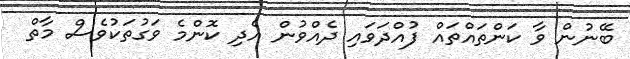
ބޭނުން ވާ ކަންތައްތައް ފުއްދަވައި ދެއްވުން އެދި ކޮންމެ ވަގުތަކުވެސް މާތް